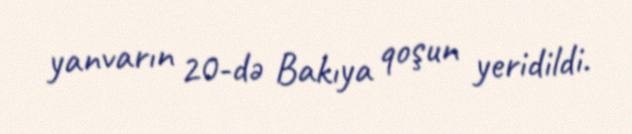
yanvarın 20-də Bakıya qoşun yeridildi.